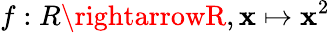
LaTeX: f:R\rightarrowR,\mathbf{x}\mapsto\mathbf{x}^{2}